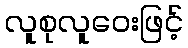
လူစုလူဝေးဖြင့်